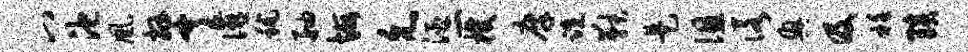
八池凰拜亨宴秫舳悔允酒二机廪跣鞅是徂诺兴及衽琰